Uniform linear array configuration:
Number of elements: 12
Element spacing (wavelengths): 0.5
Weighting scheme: uniform
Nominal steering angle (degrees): -30
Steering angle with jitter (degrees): -28.306
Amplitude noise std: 0.05
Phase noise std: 0.05

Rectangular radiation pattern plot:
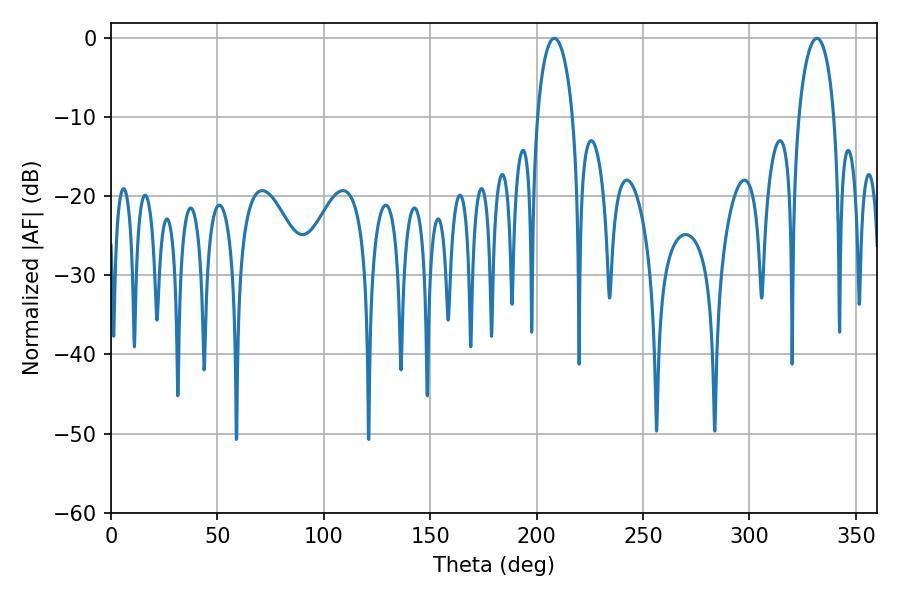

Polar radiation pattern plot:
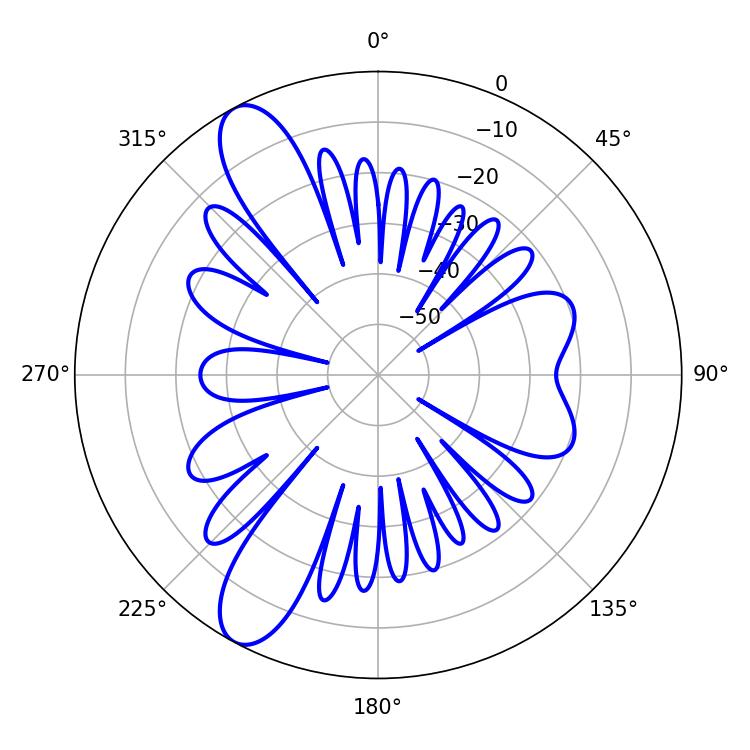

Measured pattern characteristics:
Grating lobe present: FALSE
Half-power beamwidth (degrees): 9.54
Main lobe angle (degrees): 208.26